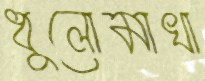
ধুলোমাখা